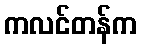
ကလင်တန်က